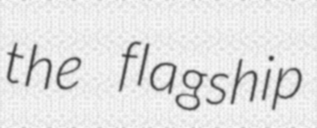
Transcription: the flagship